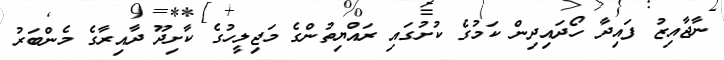
ނާޖާއިޒު ފައިދާ ހޯދައިދިން ކަމުގެ ކުށުގައި ރައްޔިތުންގެ މަޖިލީހުގެ ކާށިދޫ ދާއިރާގެ މެންބަރު